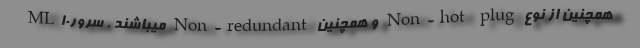
همچنین از نوع Non-hot plug و همچنین Non-redundant میباشند . سرورML10